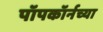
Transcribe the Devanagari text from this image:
पॉपकॉर्नच्या